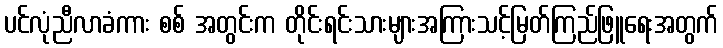
ပင်လုံညီလာခံကား စစ် အတွင်းက တိုင်းရင်းသားများအကြားသင့်မြတ်ကြည်ဖြူရေးအတွက်